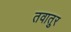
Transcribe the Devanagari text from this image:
तवातुर